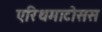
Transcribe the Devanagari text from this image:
एरिथमाटोसस